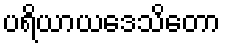
ပရိယာယဒေသိတော